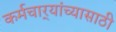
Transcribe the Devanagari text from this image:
कर्मचार्‍यांच्यासाठी